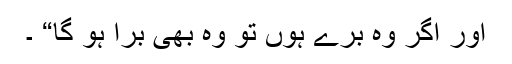
اور اگر وہ برے ہوں تو وہ بھی برا ہو گا“ ۔